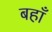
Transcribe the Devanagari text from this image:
बहाँ